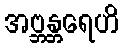
အဗ္ဘန္တရေဟိ